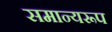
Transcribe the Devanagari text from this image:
समान्यरूप